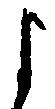
よ